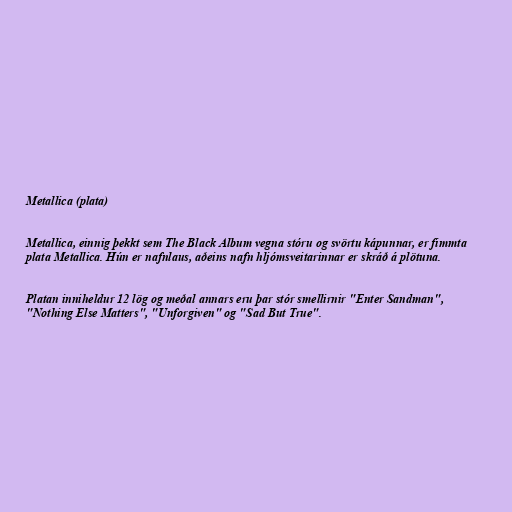
Metallica (plata)

Metallica, einnig þekkt sem The Black Album vegna stóru og svörtu kápunnar, er fimmta
plata Metallica. Hún er nafnlaus, aðeins nafn hljómsveitarinnar er skráð á plötuna.

Platan inniheldur 12 lög og meðal annars eru þar stór smellirnir "Enter Sandman",
"Nothing Else Matters", "Unforgiven" og "Sad But True".